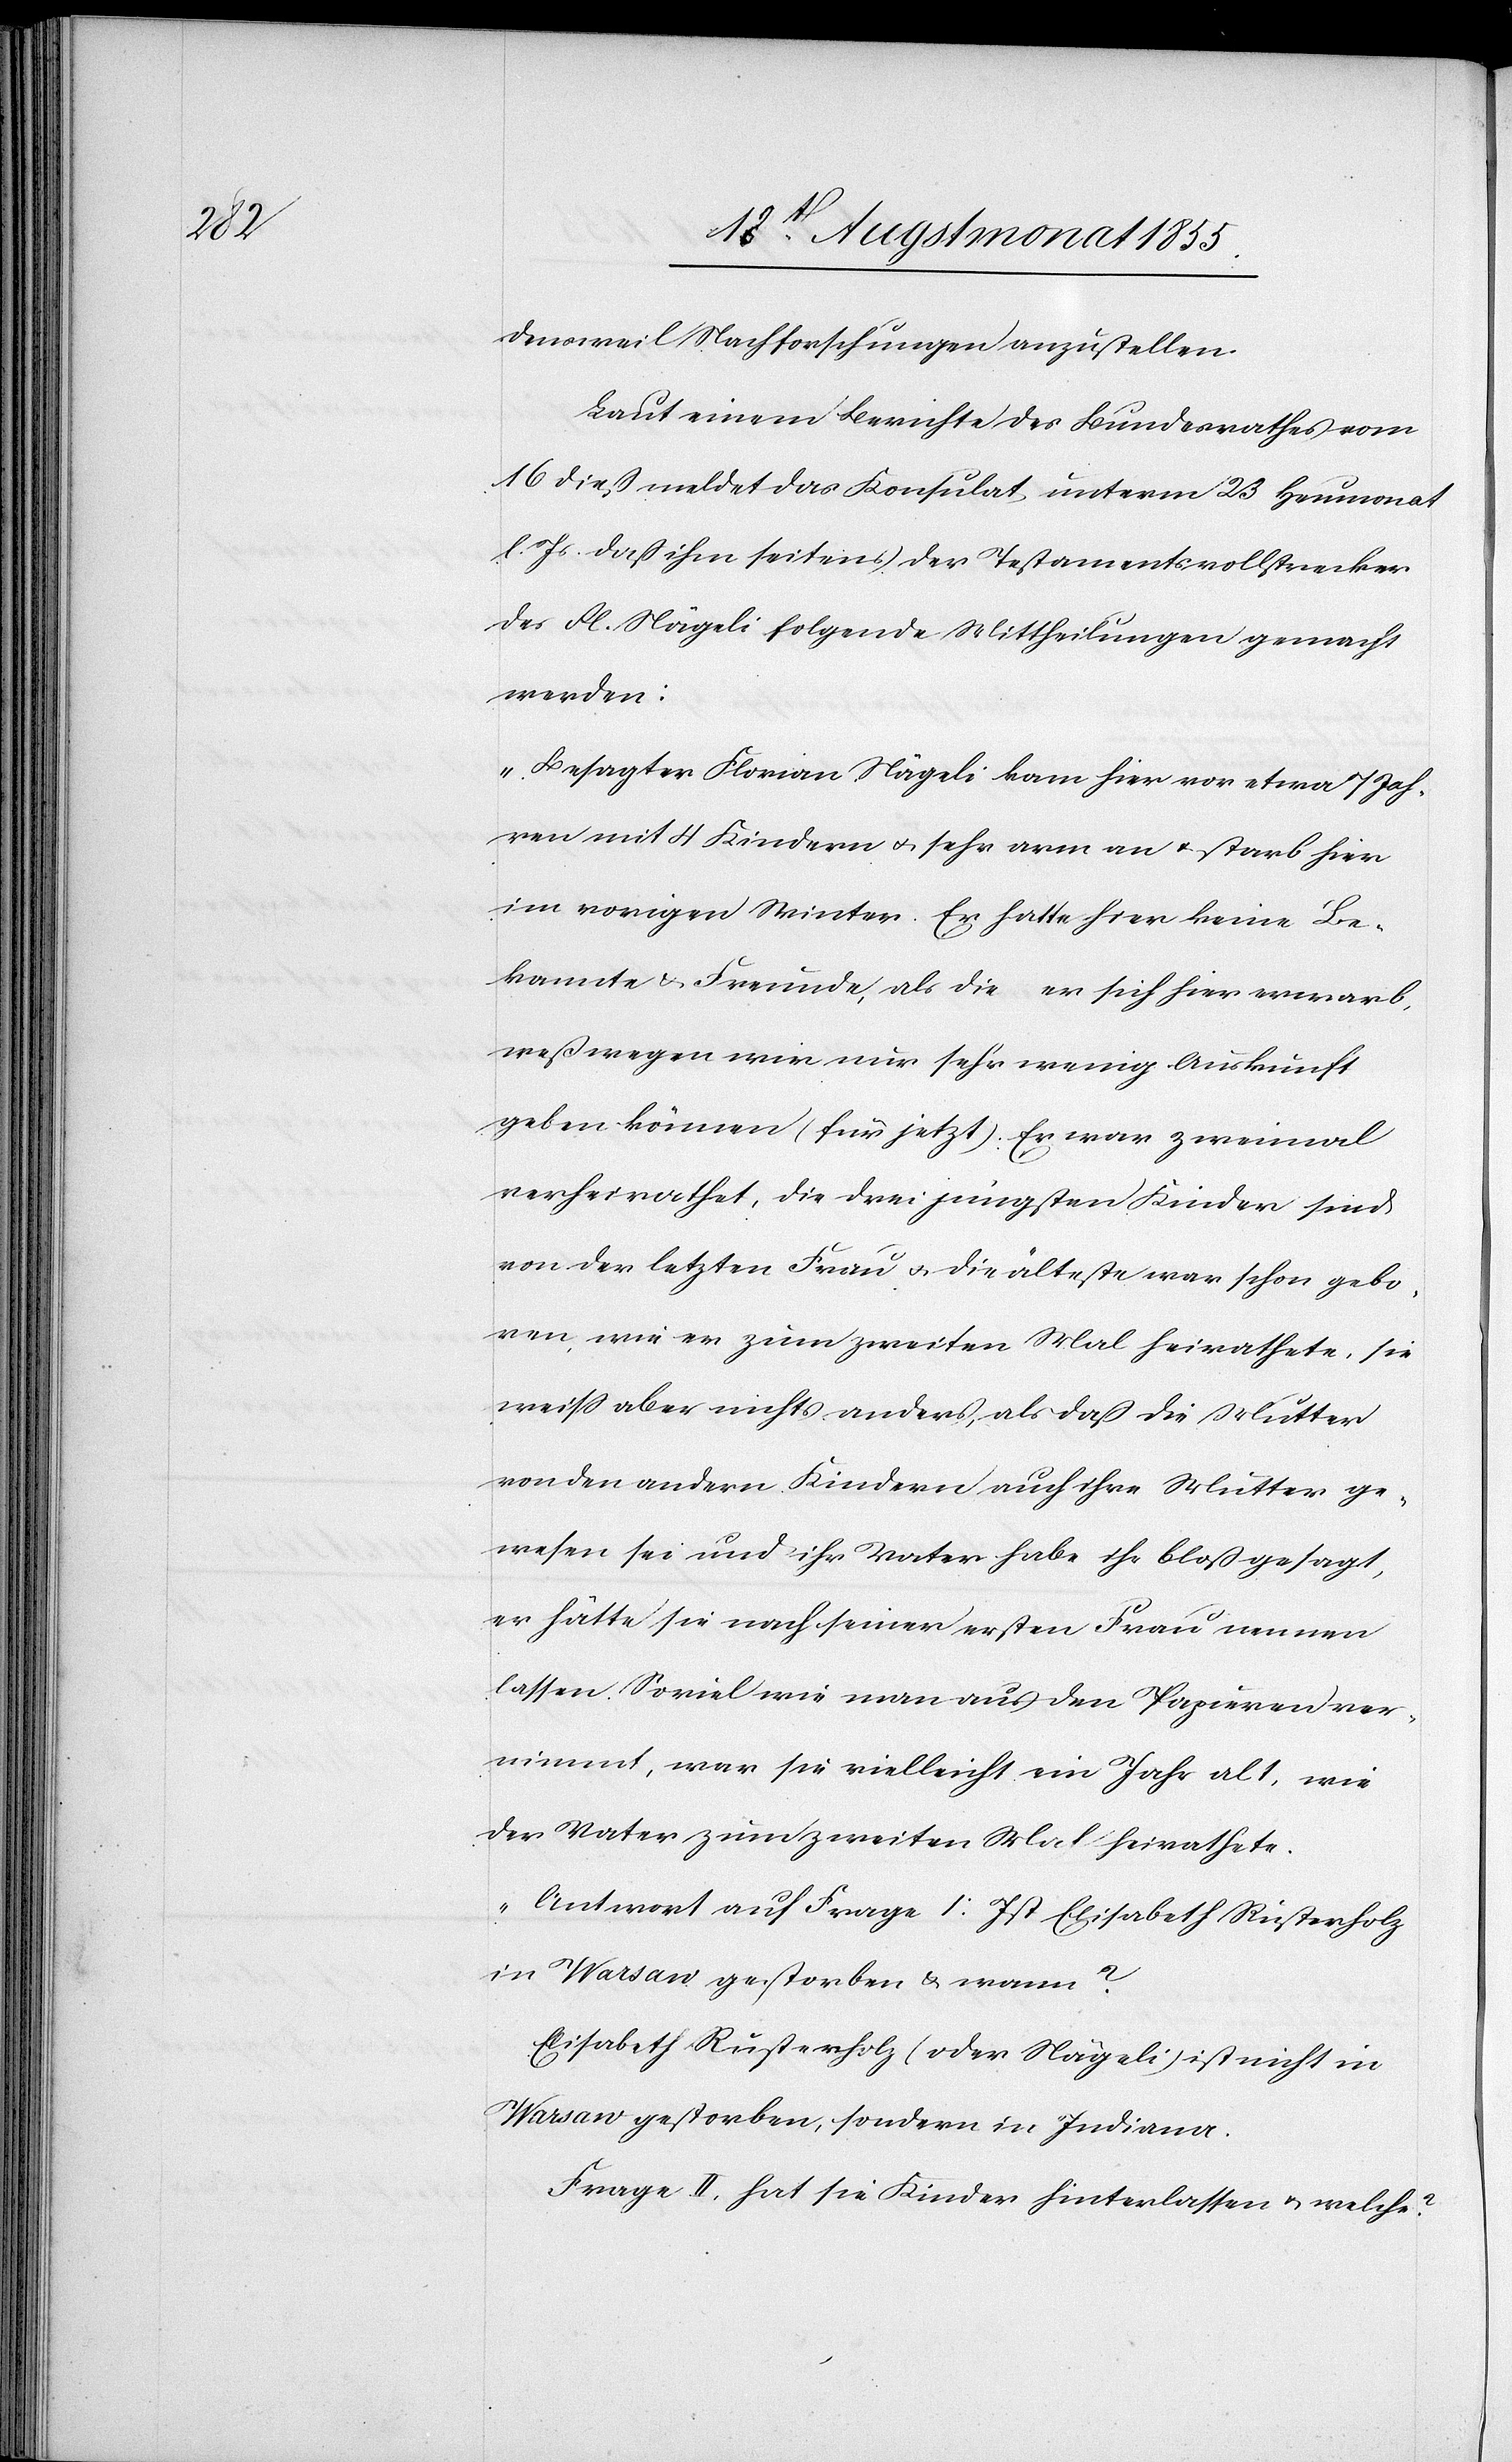
densweil Nachforschungen anzustellen.
Laut einem Berichte des Bundesrathes vom
16 dieß meldet das Konsulat unterm 23 Heumonat
l. Js. daß ihm seitens der Testamentsvollstrecker
des Fl. Nägeli folgende Mittheilungen gemacht
werden:
„Besagter Florian Nägeli kam hier vor etwa 7 Jah¬
ren mit 4 Kindern & sehr arm an & starb hier
im vorigen Winter. Er hatte hier keine Be¬
kannte & Freunde, als die er sich hier erwarb,
weßwegen wir nur sehr wenig Auskunft
geben können (für jetzt). Er war zweimal
verheirathet, die drei jüngsten Kinder sind
von der letzten Frau & die älteste war schon gebo¬
ren, wie er zum zweiten Mal heirathete, sie
weiss aber nichts anders, als daß die Mutter
von den andern Kindern auch ihre Mutter ge¬
wesen sei und ihr Vater habe ihr bloß gesagt,
er hätte sie nach seiner ersten Frau nennen
lassen. Soviel wie man aus den Papieren ver¬
nimmt, war sie vielleicht ein Jahr alt, wie
der Vater zum zweiten Mal heirathete.
Antwort auf Frage I: Ist Elisabeth Rusterholz
in Warsaw gestorben & wann?
Elisabeth Rusterholz (oder Nägeli) ist nicht in
Warsaw gestorben, sondern in Indiana.
Frage II, hat sie Kinder hinterlassen & welche?